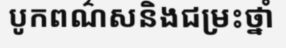
បូកពណ៌សនិងជម្រះថ្នាំ